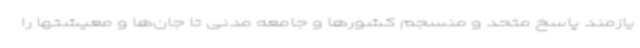
یازمند پاسخ متحد و منسجم کشورها و جامعه مدنی تا جان‌ها و معیشتها را